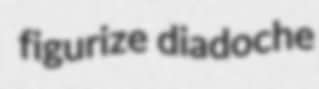
figurize diadoche